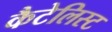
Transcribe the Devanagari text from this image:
कैटेलिस्ट